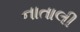
નાતાલી